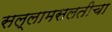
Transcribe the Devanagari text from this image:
सल्लामसलतीचा